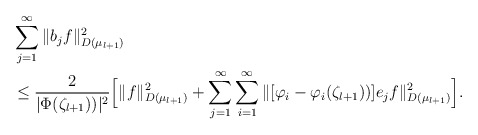
\begin{align*}&\sum_{j=1} ^\infty \|b_j f\|_{D(\mu_{l+1})}^2\\&\leq \frac{2}{|\Phi(\zeta_{l+1}))|^2} \Big[\|f\|_{D(\mu_{l+1})}^2 + \sum_{j=1} ^\infty \sum_{i =1}^\infty \|[\varphi_i - \varphi_i(\zeta_{l+1}))] e_j f\|_{D(\mu_{l+1})}^2\Big].\end{align*}